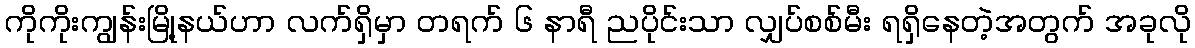
ကိုကိုးကျွန်းမြို့နယ်ဟာ လက်ရှိမှာ တရက် ၆ နာရီ ညပိုင်းသာ လျှပ်စစ်မီး ရရှိနေတဲ့အတွက် အခုလို